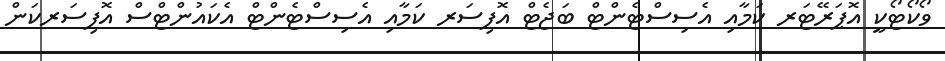
ވޯކޯޓޯކީ އޮޕަރޭޓަރ ކަމާއި އެސިސްޓެންޓް ބަޖެޓް އޮފިސަރ ކަމާއި އެސިސްޓެންޓް އެކައުންޓްސް އޮފިސަރކަން